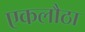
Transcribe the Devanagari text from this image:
एकलौठा